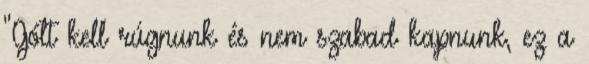
"Gólt kell rúgnunk és nem szabad kapnunk, ez a